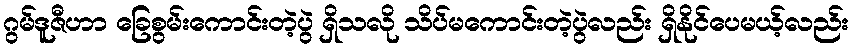
ဂွမ်ဒူဇီဟာ ခြေစွမ်းကောင်းတဲ့ပွဲ ရှိသလို သိပ်မကောင်းတဲ့ပွဲလည်း ရှိနိုင်ပေမယ့်လည်း